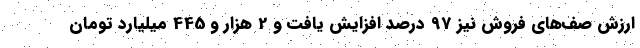
ارزش صف‌های فروش نیز 97 درصد افزایش یافت و 2 هزار و 445 میلیارد تومان